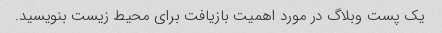
یک پست وبلاگ در مورد اهمیت بازیافت برای محیط زیست بنویسید.